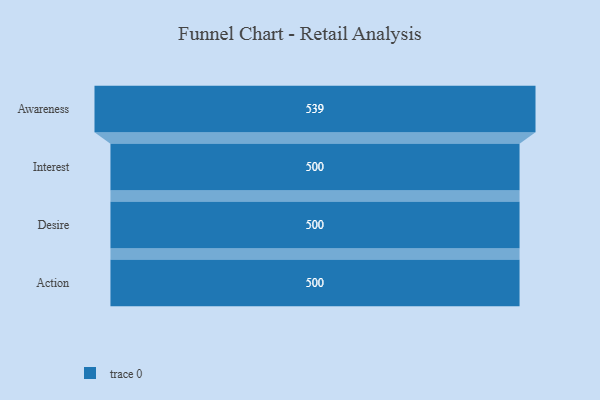
{"axis": {"x": "Stage", "y": "Value"}, "legend": [""], "data": [{"x": "Awareness", "y": 539.0, "type": ""}, {"x": "Interest", "y": 500, "type": ""}, {"x": "Desire", "y": 500, "type": ""}, {"x": "Action", "y": 500, "type": ""}]}